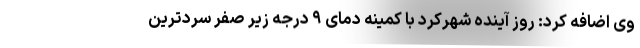
وی اضافه کرد: روز آینده شهرکرد با کمینه دمای ۹ درجه زیر صفر سردترین